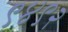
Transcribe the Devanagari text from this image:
९४९२